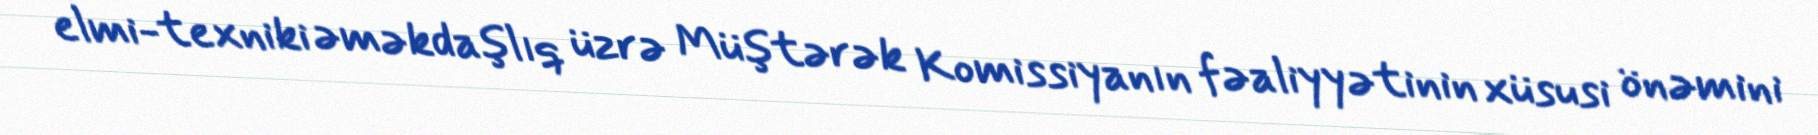
elmi-texniki əməkdaşlıq üzrə Müştərək Komissiyanın fəaliyyətinin xüsusi önəmini